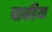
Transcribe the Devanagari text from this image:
बावडिया